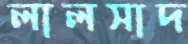
লালসাদ